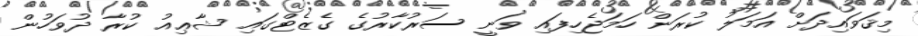
މިޤަވައިދަށް އަމަލު ކުރަން ހަމަޖެހިފައި ވަނީ ސަރުކާރުގެ ގެޒެޓްގައި ޝާޢިއު ކުރާ ދުވަހުން